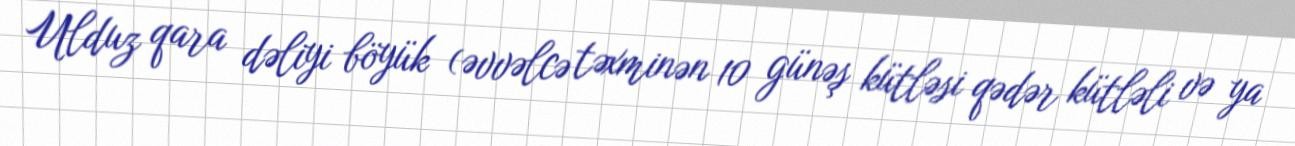
Ulduz qara dəliyi böyük (əvvəlcə təxminən 10 günəş kütləsi qədər kütləli və ya